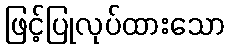
ဖြင့်ပြုလုပ်ထားသော